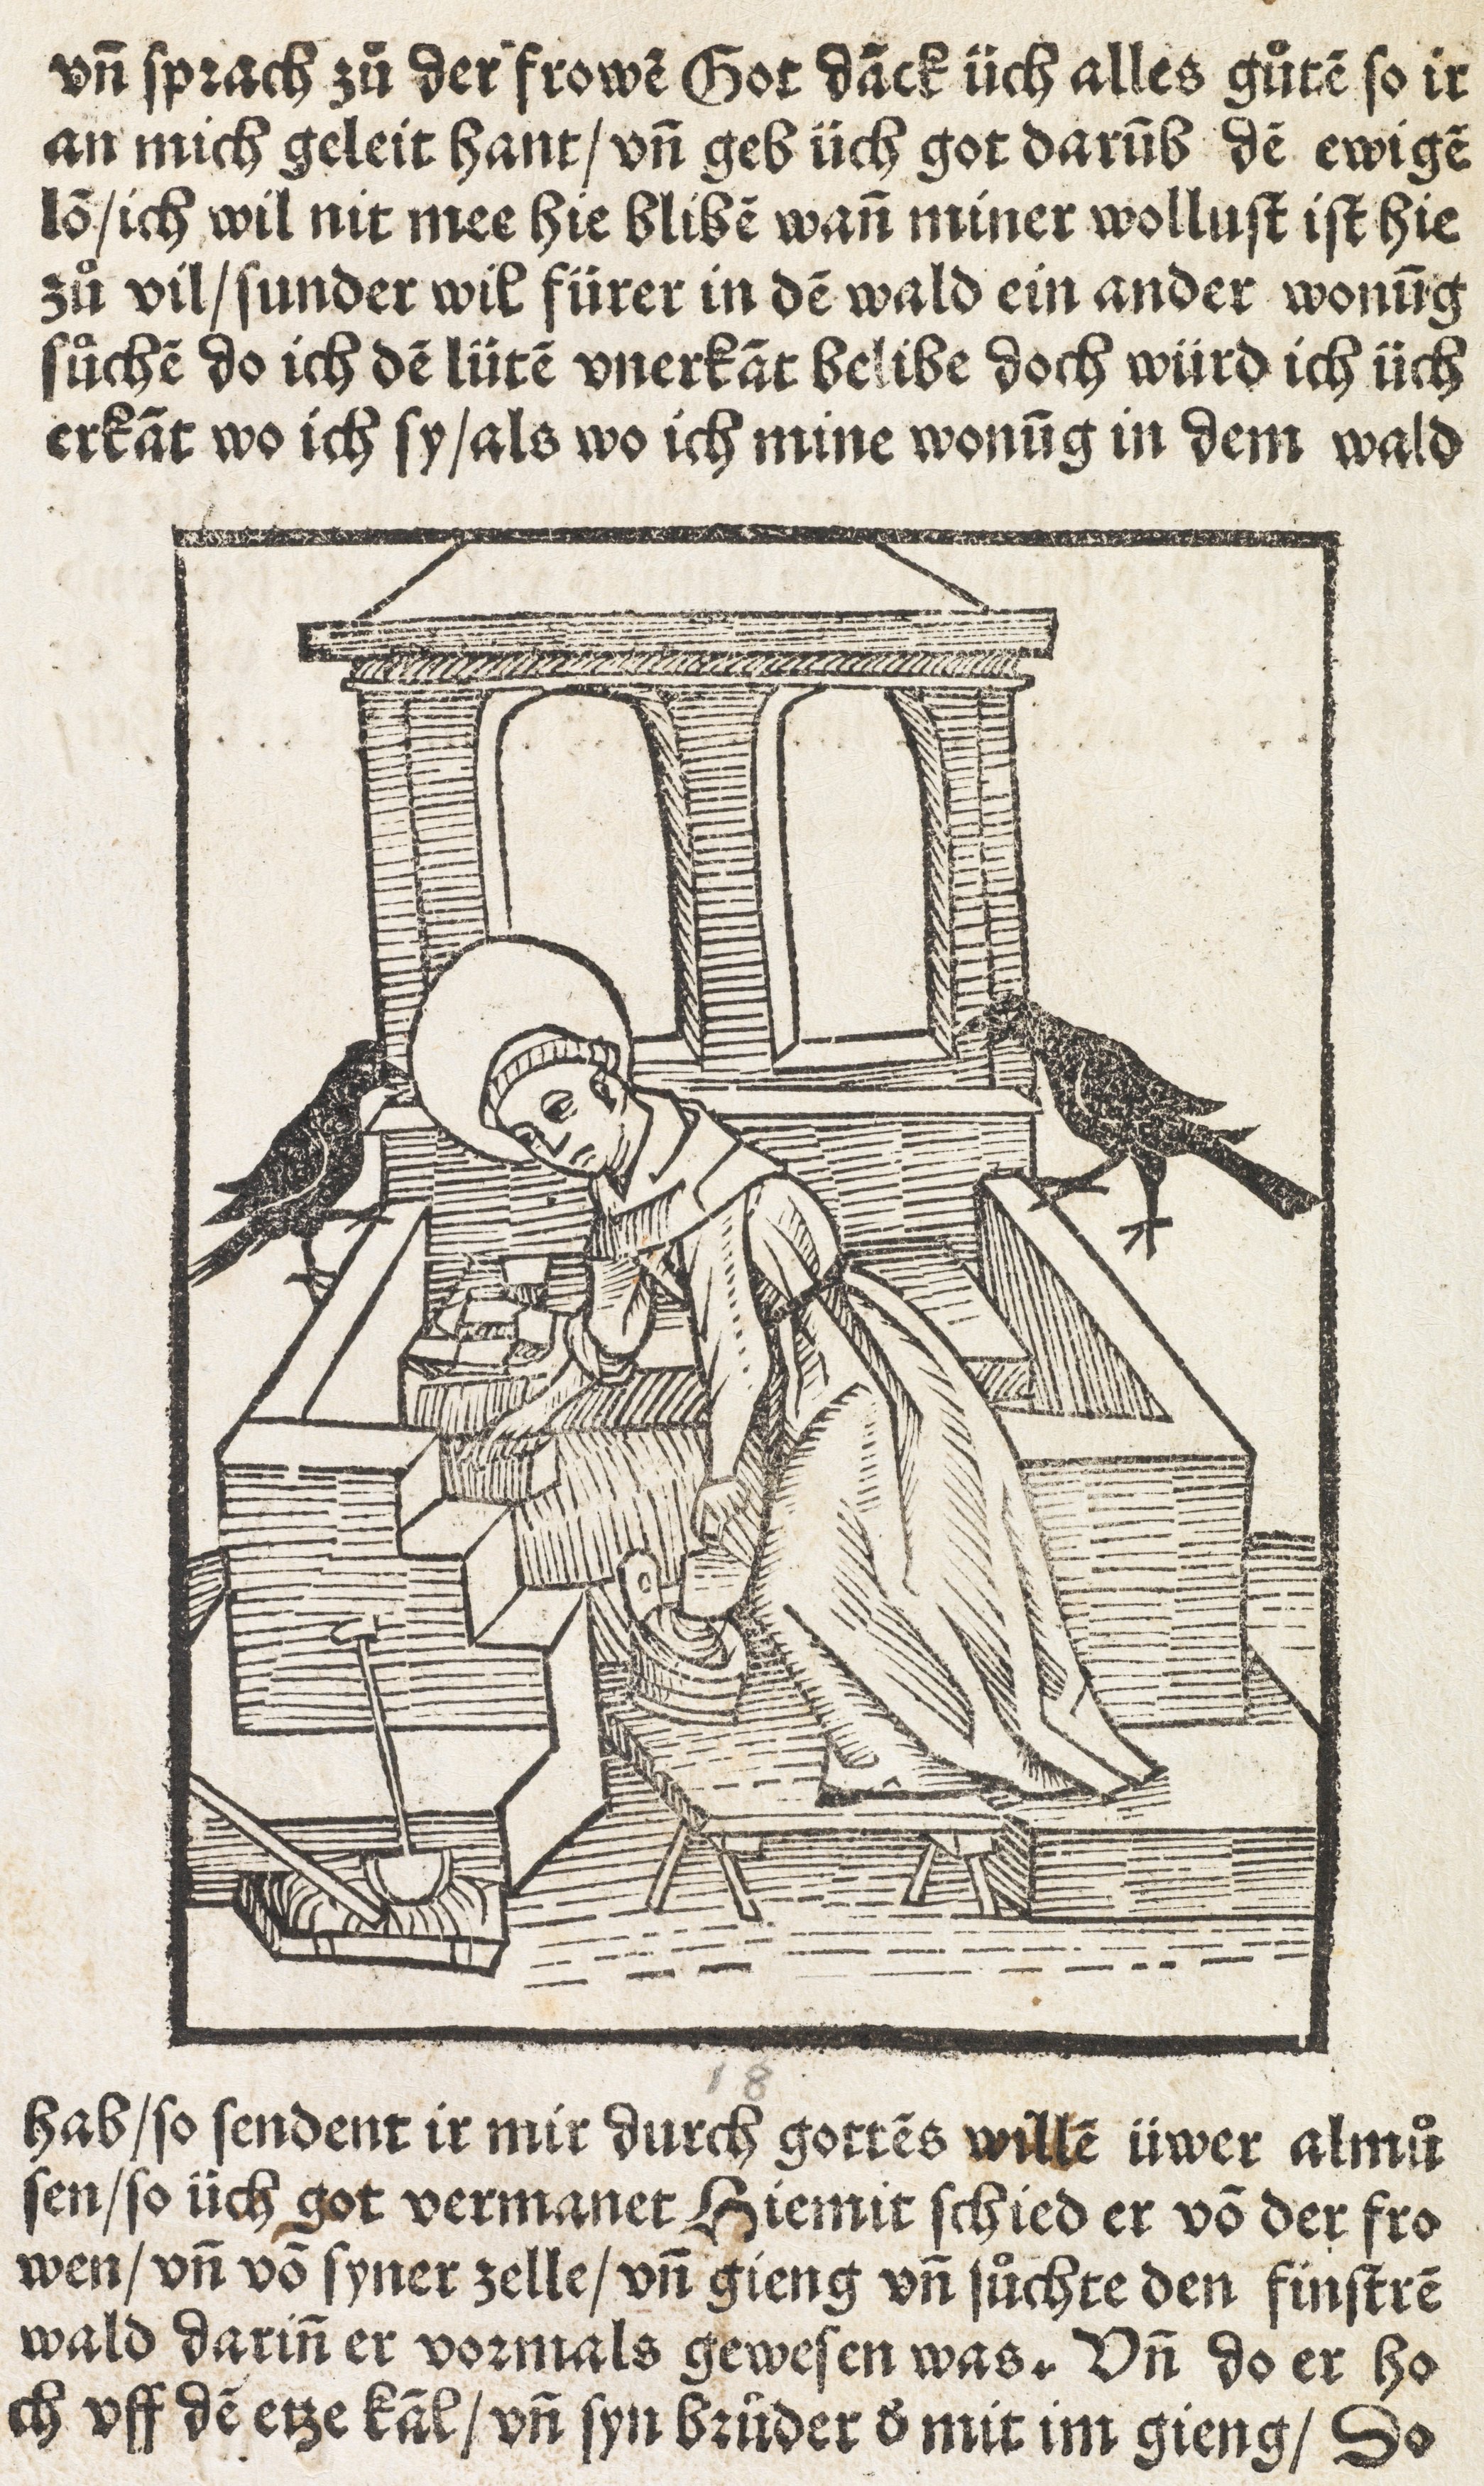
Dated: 1505–1505